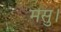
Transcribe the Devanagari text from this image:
मसु।